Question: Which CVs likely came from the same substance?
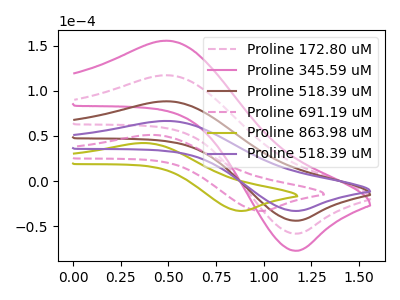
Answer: <think>The pink dashed curve "Proline 172.80 uM" has an anodic peak at (0.50V, 176.70uA) and a cathodic peak at (1.20V, -87.65uA). The pink curve "Proline 345.59 uM" has an anodic peak at (0.50V, 265.10uA) and a cathodic peak at (1.20V, -131.45uA). The brown curve "Proline 518.39 uM" has an anodic peak at (0.50V, 88.35uA) and a cathodic peak at (1.20V, -43.80uA). The pink dashed curve "Proline 691.19 uM" has an anodic peak at (0.40V, 51.15uA) and a cathodic peak at (1.00V, -33.05uA). The olive curve "Proline 863.98 uM" has an anodic peak at (0.35V, 42.20uA) and a cathodic peak at (0.90V, -33.05uA). The purple curve "Proline 518.39 uM" has an anodic peak at (0.50V, 66.60uA) and a cathodic peak at (1.20V, -33.05uA).
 All the peaks in "Proline 172.80 uM" have a peak in "Proline 345.59 uM" at the same potential. Every peak in "Proline 172.80 uM" is lower than every peak in "Proline 345.59 uM". All the peaks in "Proline 172.80 uM" have a peak in "Proline 518.39 uM" at the same potential. Every peak in "Proline 172.80 uM" is higher than every peak in "Proline 518.39 uM". "Proline 172.80 uM" and "Proline 691.19 uM" have at least one peak that do not match. "Proline 172.80 uM" and "Proline 863.98 uM" have at least one peak that do not match. All the peaks in "Proline 172.80 uM" have a peak in "Proline 518.39 uM" at the same potential. Every peak in "Proline 172.80 uM" is higher than every peak in "Proline 518.39 uM". All the peaks in "Proline 345.59 uM" have a peak in "Proline 518.39 uM" at the same potential. Every peak in "Proline 345.59 uM" is higher than every peak in "Proline 518.39 uM". "Proline 345.59 uM" and "Proline 691.19 uM" have at least one peak that do not match. "Proline 345.59 uM" and "Proline 863.98 uM" have at least one peak that do not match. All the peaks in "Proline 345.59 uM" have a peak in "Proline 518.39 uM" at the same potential. Every peak in "Proline 345.59 uM" is higher than every peak in "Proline 518.39 uM". "Proline 518.39 uM" and "Proline 691.19 uM" have at least one peak that do not match. "Proline 518.39 uM" and "Proline 863.98 uM" have at least one peak that do not match. All the peaks in "Proline 518.39 uM" have a peak in "Proline 518.39 uM" at the same potential. Every peak in "Proline 518.39 uM" is higher than every peak in "Proline 518.39 uM". "Proline 691.19 uM" and "Proline 863.98 uM" have at least one peak that do not match. "Proline 691.19 uM" and "Proline 518.39 uM" have at least one peak that do not match. "Proline 863.98 uM" and "Proline 518.39 uM" have at least one peak that do not match.</think>
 <answer>"Proline 518.39 uM", "Proline 172.80 uM", "Proline 345.59 uM" and "Proline 518.39 uM" have the same shape and are likely CV's of the same chemical.</answer>
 <eval>"Proline 518.39 uM" "Proline 172.80 uM" "Proline 345.59 uM" "Proline 518.39 uM"</eval>